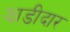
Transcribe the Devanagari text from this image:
झाडीदार